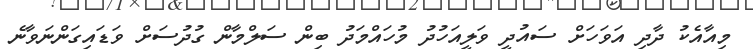
މިއާއެކު ދާދި އަވަހަށް ސައުދީ ވަލީއަހުދު މުހައްމަދު ބިން ސަލްމާން ގުދުސަށް ވަޑައިގަންނަވާނެ